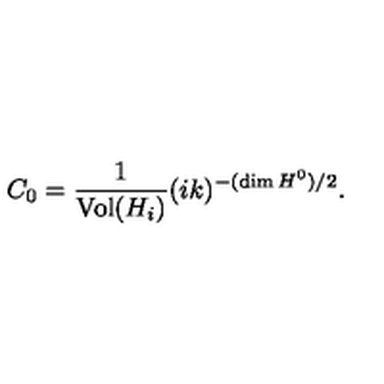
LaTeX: C _ { 0 } = \frac { 1 } { \mathrm { V o l } ( H _ { i } ) } ( i k ) ^ { - ( \dim H ^ { 0 } ) / 2 } .